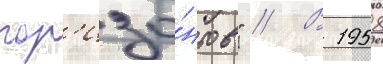
гор'изо́нтов" // В 1958